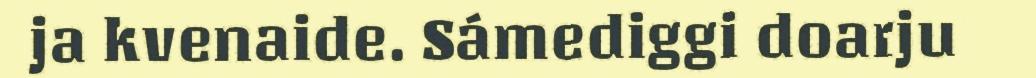
ja kvenaide. Sámediggi doarju